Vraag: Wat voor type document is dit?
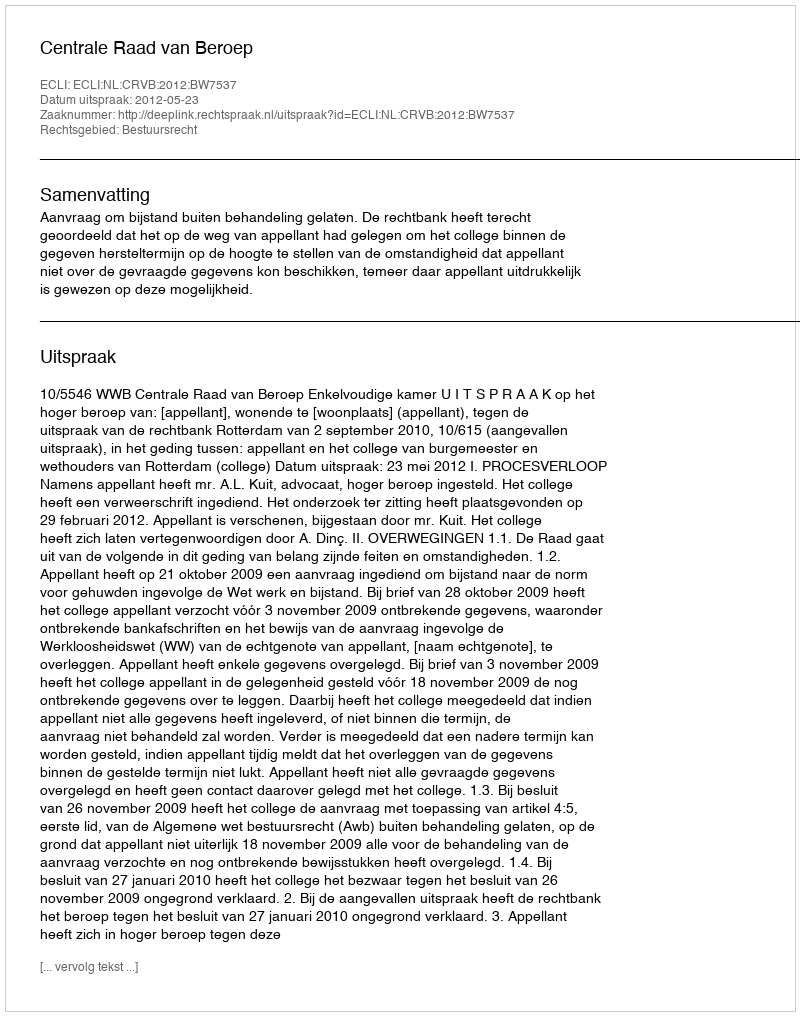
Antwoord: Uitspraak